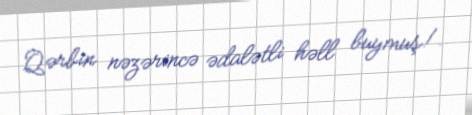
Qərbin nəzərincə ədalətli həll buymuş!.